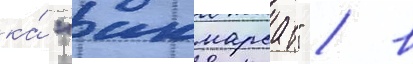
ка́ "инмарсат" / в